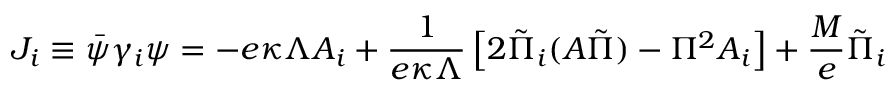
J _ { i } \equiv \bar { \psi } \gamma _ { i } \psi = - e \kappa \Lambda A _ { i } + \frac { 1 } { e \kappa \Lambda } \left[ 2 \tilde { \Pi } _ { i } ( A \tilde { \Pi } ) - \Pi ^ { 2 } A _ { i } \right] + \frac { M } { e } \tilde { \Pi } _ { i }